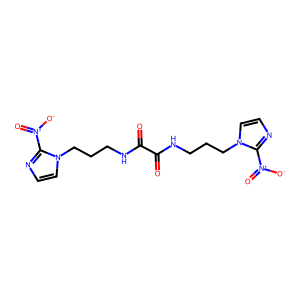
SMILES: O=C(NCCCn1ccnc1[N+](=O)[O-])C(=O)NCCCn1ccnc1[N+](=O)[O-]
Inhibits HIV replication: No